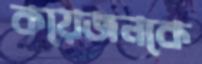
কয়েজনকে